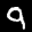
Label: 9